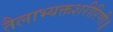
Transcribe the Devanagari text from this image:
तैलाभ्यक्तशरीरिणी॥